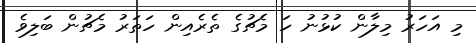
މި އަހަރު މިލާން ކުޅުނު ހަ މެޗުގެ ތެރެއިން ހަތަރު މެޗުން ބަލިވެ